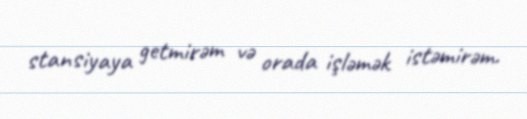
stansiyaya getmirəm və orada işləmək istəmirəm.